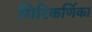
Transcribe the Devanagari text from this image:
गिरिकर्णिका